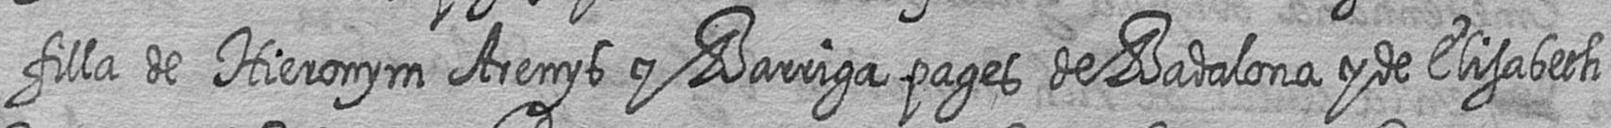
filla de Hieronym Arenys y Barriga pages de Badalona y de Elisabeth